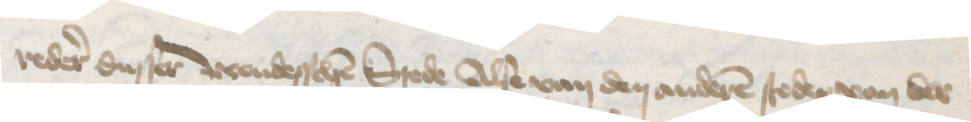
reder dusser wendesschen Stede Alse van den anderen steden van der